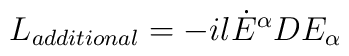
L_{additional}=-il{\dot{E}}^{\alpha}DE_{\alpha}